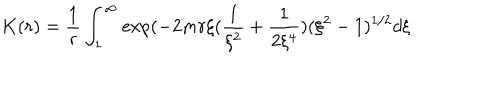
K ( r ) = \frac { 1 } { r } \int _ { 1 } ^ { \infty } \exp ( - 2 m r \xi ( \frac { 1 } { \xi ^ { 2 } } + \frac { 1 } { 2 \xi ^ { 4 } } ) ( \xi ^ { 2 } - 1 ) ^ { 1 / 2 } d \xi